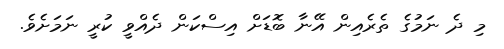
މި ދެ ނަމުގެ ތެރެއިން އޭނާ ބޮޑަށް އިސްކަން ދެއްވީ ކުރީ ނަމަށެވެ.